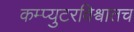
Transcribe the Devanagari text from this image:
कम्प्युटरविश्वातच